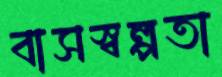
বাসস্বল্পতা